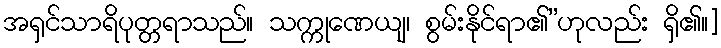
အရှင်သာရိပုတ္တရာသည်။ သက္ကုဏေယျ၊ စွမ်းနိုင်ရာ၏”ဟုလည်း ရှိ၏။]